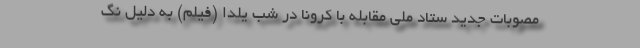
مصوبات جدید ستاد ملی مقابله با کرونا در شب یلدا (فیلم) به دلیل نگ